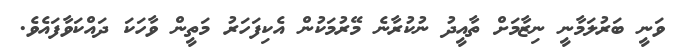
ވަނީ ބަރުލަމާނީ ނިޒާމަށް ތާއީދު ނުކުރާނެ މޭރުމަކުން އެކިފަހަރު މަތީން ވާހަކަ ދައްކަވާފައެވެ.